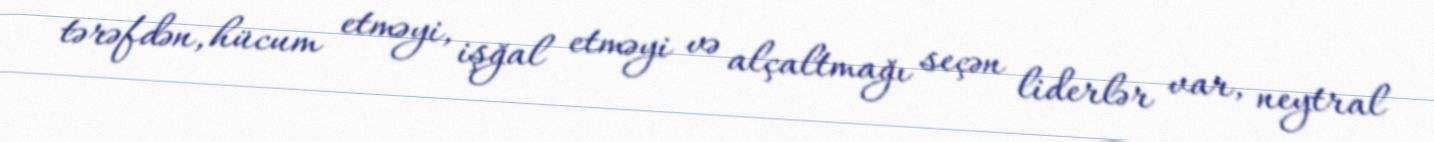
tərəfdən, hücum etməyi, işğal etməyi və alçaltmağı seçən liderlər var, neytral